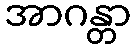
အာဂန္တာ